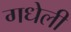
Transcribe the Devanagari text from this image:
गधेली